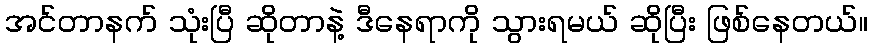
အင်တာနက် သုံးပြီ ဆိုတာနဲ့ ဒီနေရာကို သွားရမယ် ဆိုပြီး ဖြစ်နေတယ်။